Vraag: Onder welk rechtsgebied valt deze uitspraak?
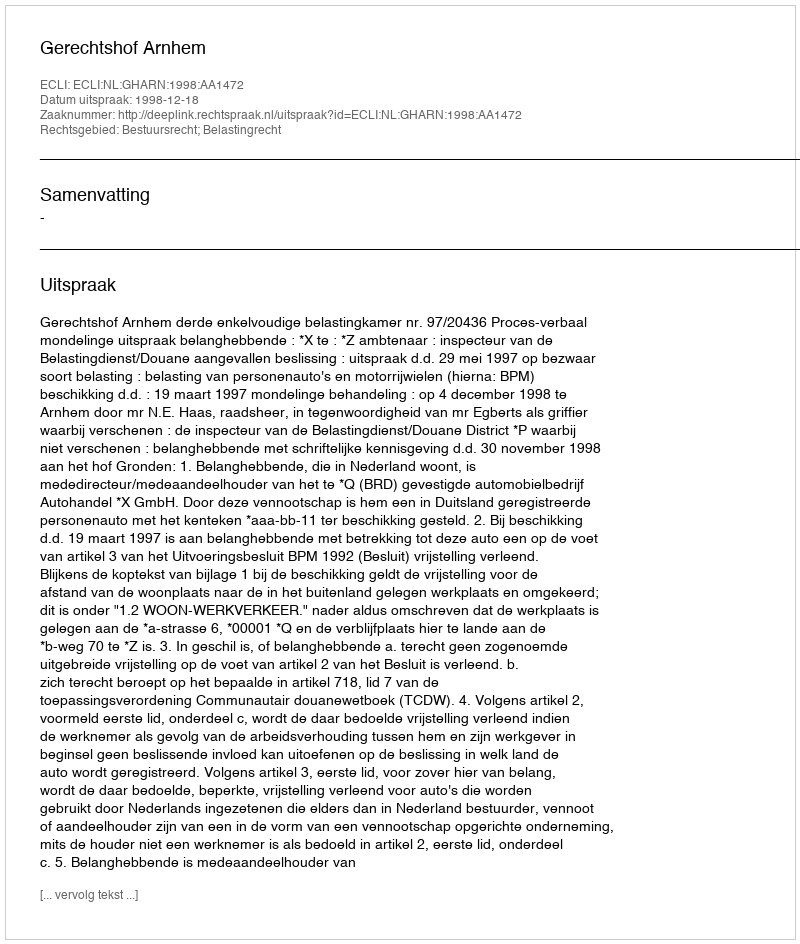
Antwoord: Bestuursrecht; Belastingrecht